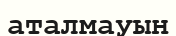
аталмауын